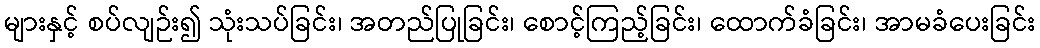
များနှင့် စပ်လျဉ်း၍ သုံးသပ်ခြင်း၊ အတည်ပြုခြင်း၊ စောင့်ကြည့်ခြင်း၊ ထောက်ခံခြင်း၊ အာမခံပေးခြင်း